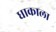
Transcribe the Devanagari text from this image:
धाकाला